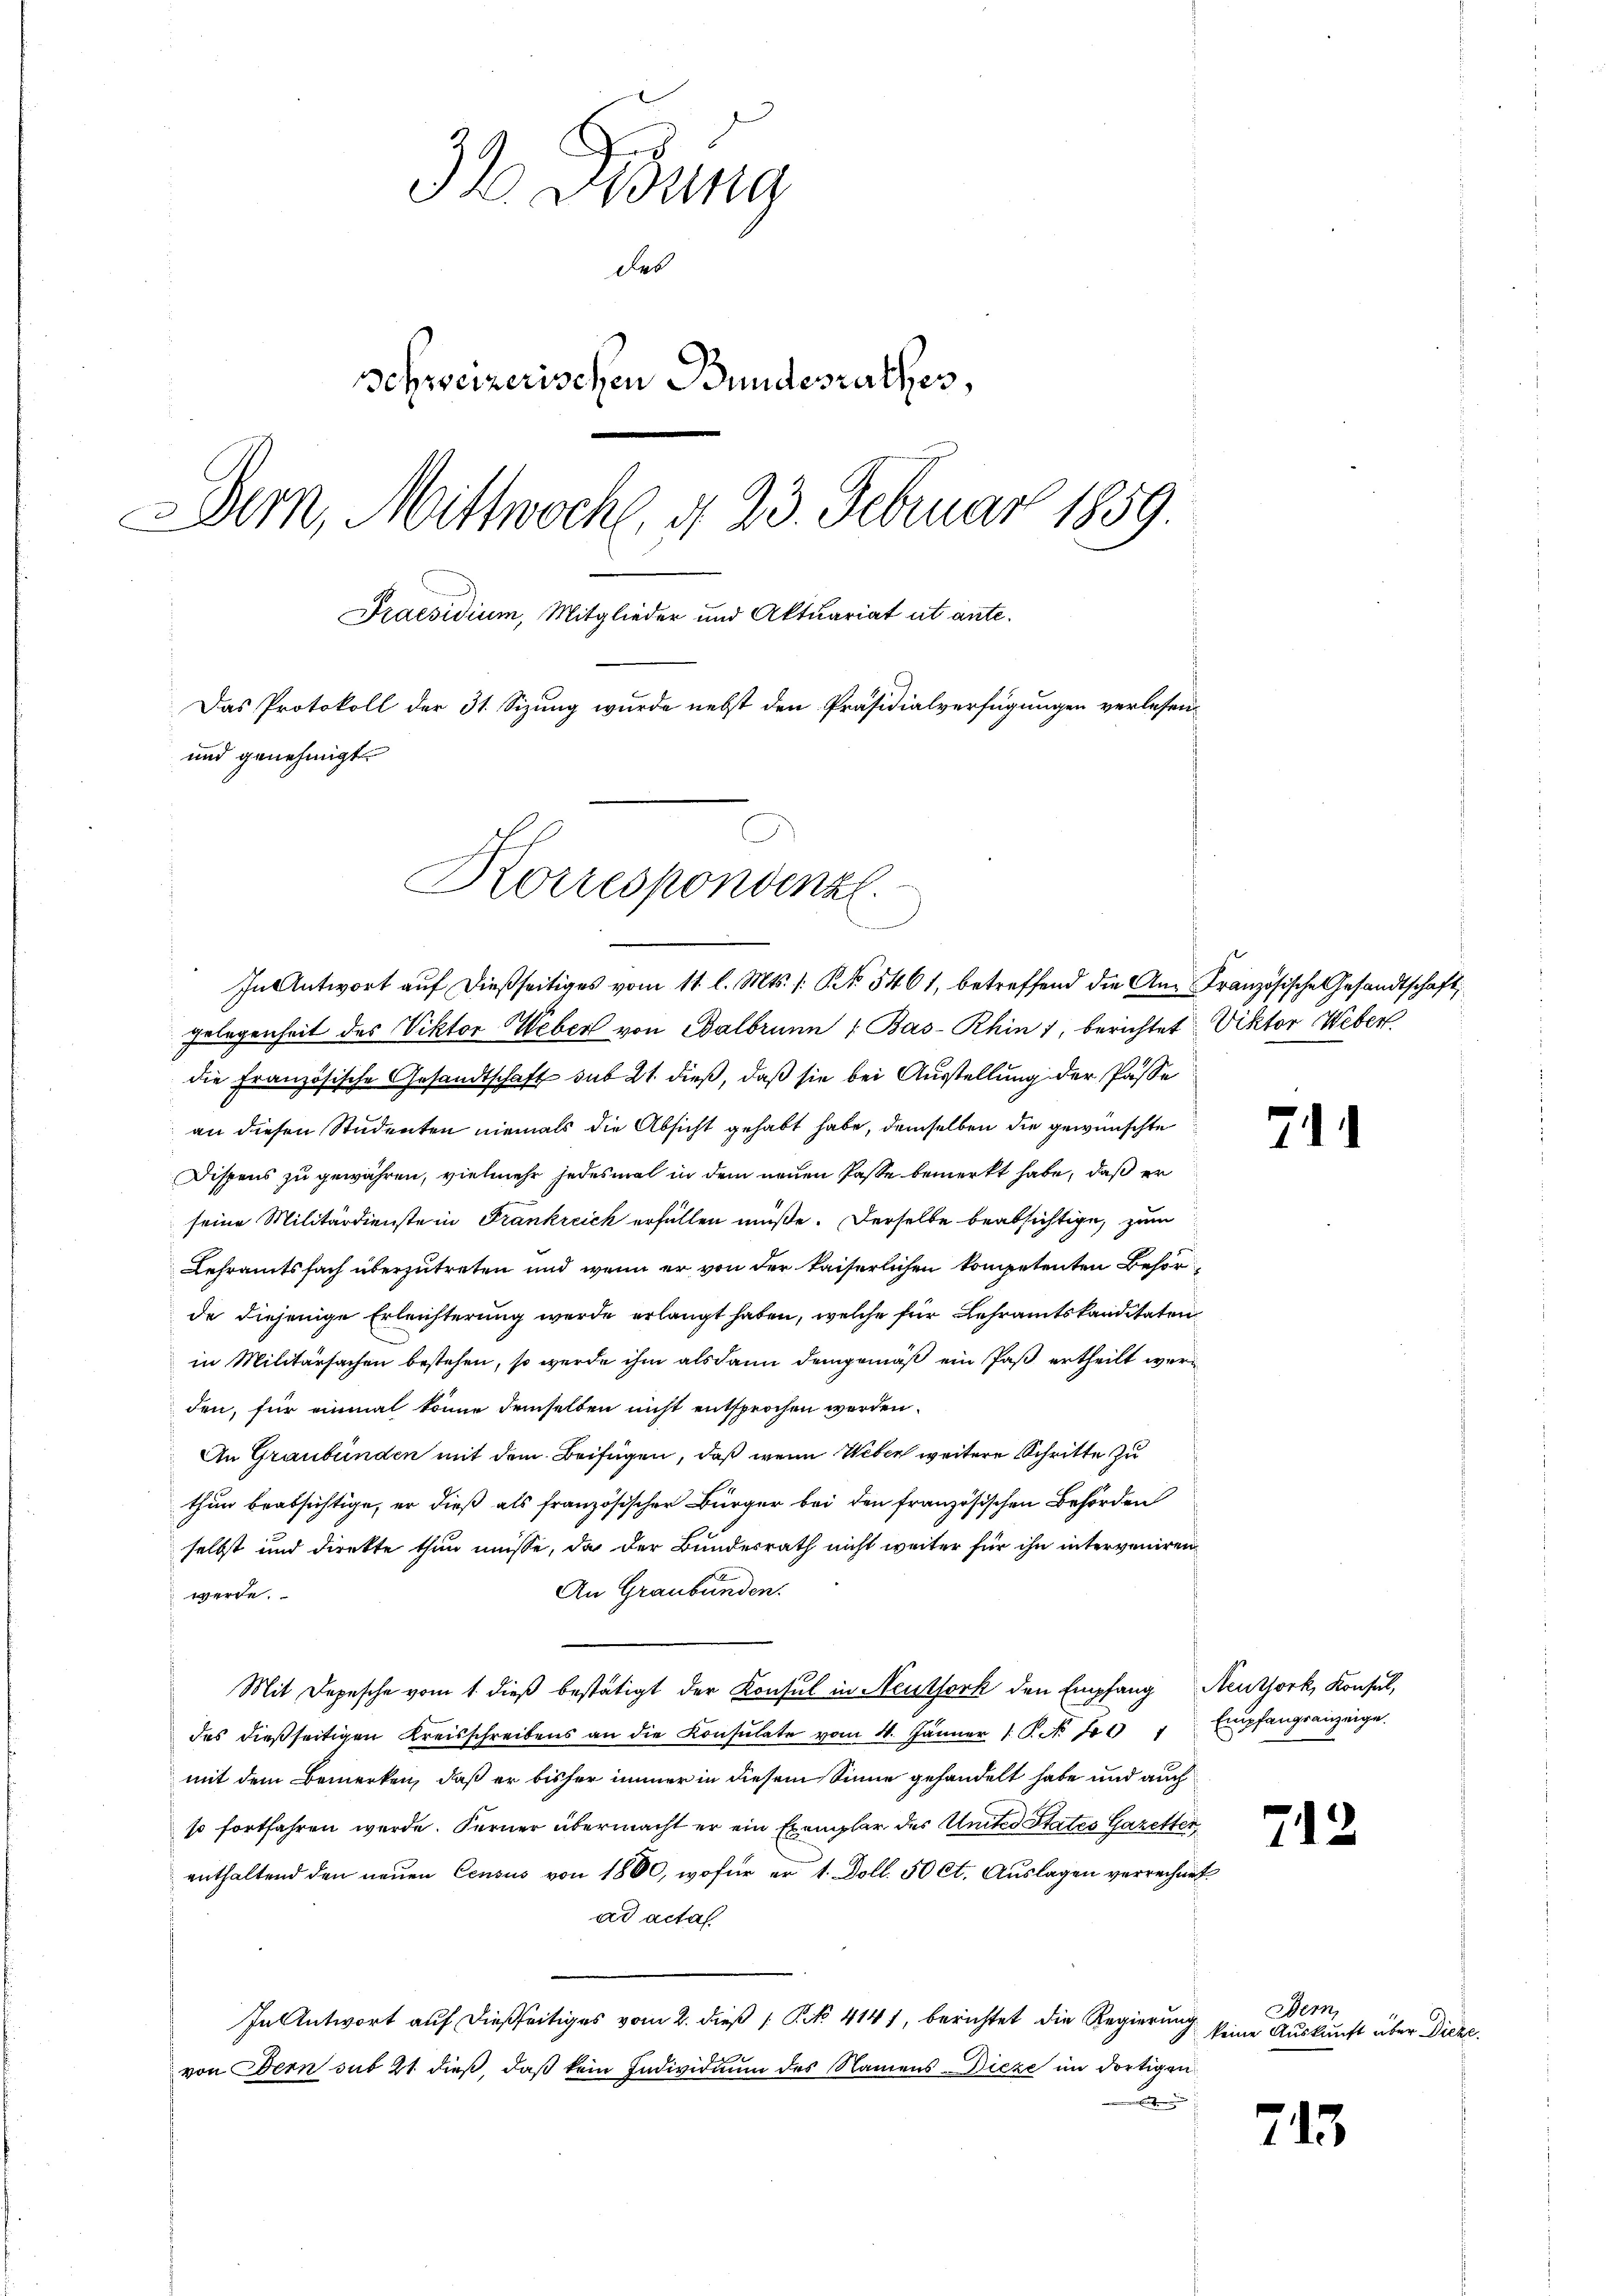
32 Didung
des
Schweizerischen Bundesrathes,
Bern, Mittwoche, d. 23. Februar 1859.
Praesidium, Mitglieder und Aktuariat ut ante-
Das Protokoll der 31. Sizung wurde nebst den Präsidialverfügungen verlesen,
und genehmigt.
Korrespondenzl

In Antwort aŭf dießseitiges vom 11. l. Mts. s. R. 5461, betreffend die Am Französische Gesandtschaft,
gelegenheit des Viktor Weber von Balbrunn : Bas-Rhin 1, berichtet. Viktor Weber
die Französische Gesandtschaft sub 21. dieß, daß sie bei Ausstellung der Pässe
an diesen Studenten niemals die Absicht gehabt habe, demselben die gewünschte
Dispens zu gewähren, vielmehr jedesmal in dem neuen Pässe bemerkt habe, daß er
seine Militärdienste in Frankreich erfüllen müße. Derselbe beabsichtige, zum
Lehramtsfach überzutreten und wenn er von der kaiserlichen kompetenten Besorde diejenige Erleichterung werde erlangt haben, welche für Lehramtskanditaten
in Militärsachen bestehen, so werde ihm als dann demgemäß ein Paß ertheilt werden, für einmal könne demselben nicht entsprochen werden.
An Graubünden mit dem Beifügen, daß wenn Weber weitere Schritte zu
thun beabsichtige, er dieß als französischer Bürger bei den französischen Behörden
selbst und direkte thun müsse, da der Bundesrath nicht weiter für ihn interveniren
An Graubünden.
werde.
Mit Depesche vom 1. dieß bestätigt der Konsul in Neuthork den Empfang Reuthork, Konsul,
des dießseitigen Kreisschreibens an die Konsulate vom 4. Jänner 1. No. 700 " Empfangsanzeige.
mit dem Bemerken, daß er bisher immer in diesem Sinne gehandelt habe und auch
so fortfahren werde. Ferner übermacht er ein Exemplar des Unter States Gazetter
enthaltend den neuen Census von 1800, wofür er 1. Doll. 50 ct. Auslagen verrechnet
ad acta
In Antwort auf dießseitiges vom 2. dieß P. No. 414 f, berichtet die Regierung
von Bern sub 21 dieß, daß kein Individuum des Namens Dieze im dortigen

71

712

Bern,
 keine Auskunft über Dicke

715.